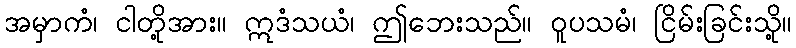
အမှာကံ၊ ငါတို့အား။ ဣဒံသယံ၊ ဤဘေးသည်။ ဝူပသမံ၊ ငြိမ်းခြင်းသို့။